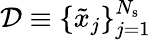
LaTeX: \mathcal{D}\equiv\{ \tilde{x}_{j}\} _{j=1}^{N_{\mathrm{s}}}